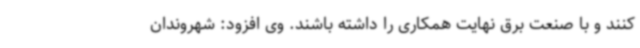
کنند و با صنعت برق نهایت همکاری را داشته باشند. وی افزود: شهروندان